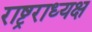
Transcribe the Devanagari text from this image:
राष्ट्रराध्यक्ष